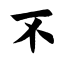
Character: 不